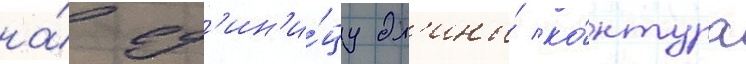
на́ ед'ин'и́цу дл'ины́ ко́нтура